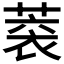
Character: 𦶧